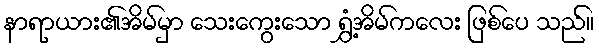
နာရာယား၏အိမ်မှာ သေးကွေးသော ရွှံ့အိမ်ကလေး ဖြစ်ပေ သည်။